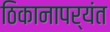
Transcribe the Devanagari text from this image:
ठिकानापर्यंत